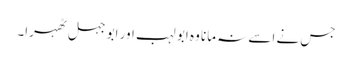
جس نے اسے نہ مانا وہ ابو لہب اور ابو جہل ٹھہرا۔